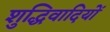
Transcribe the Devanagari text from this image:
शुद्धिवादियों